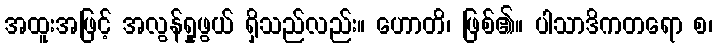
အထူးအဖြင့် အလွန်ရှုဖွယ် ရှိသည်လည်း။ ဟောတိ၊ ဖြစ်၏။ ပါသာဒိကတရော စ၊